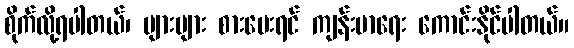
စိုက်လို့ရပါတယ်၊ များများ စားပေးရင် ကျန်းမာရေး ကောင်းနိုင်ပါတယ်။